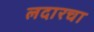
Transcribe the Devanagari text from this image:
लदारचा